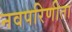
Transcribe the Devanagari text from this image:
नवपरिणीता